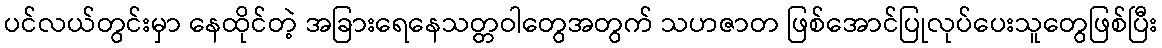
ပင်လယ်တွင်းမှာ နေထိုင်တဲ့ အခြားရေနေသတ္တဝါတွေအတွက် သဟဇာတ ဖြစ်အောင်ပြုလုပ်ပေးသူတွေဖြစ်ပြီး